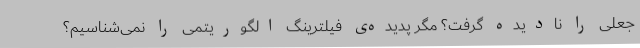
جعلی را نادیده گرفت؟ مگر پدیده‌ی فیلترینگ الگوریتمی را نمی‌شناسیم؟